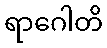
ရာဂေါတိ